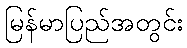
မြန်မာပြည်အတွင်း